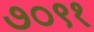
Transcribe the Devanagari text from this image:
७०९१